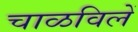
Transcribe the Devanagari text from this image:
चाळविलें